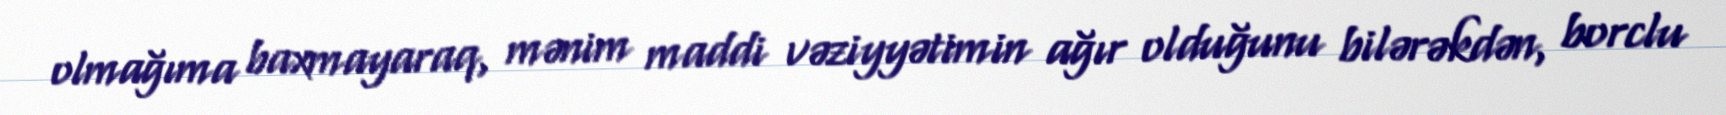
olmağıma baxmayaraq, mənim maddi vəziyyətimin ağır olduğunu bilərəkdən, borclu